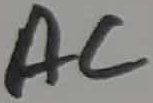
Text: AC